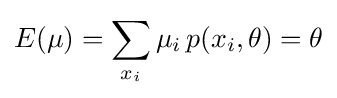
E(\mu )=\sum _{x_{i}}\mu _{i}\,p(x_{i},\theta )=\theta